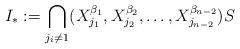
LaTeX: \begin{align*}I_*:=\bigcap_{j_i\not=1}(X_{j_1}^{\beta_1},X_{j_2}^{\beta_2},\dots,X_{j_{n-2}}^{\beta_{n-2}})S\end{align*}